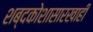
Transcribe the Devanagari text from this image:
शब्दकोशासारखाही